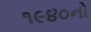
૧૯૪૦નો